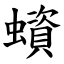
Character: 蠀